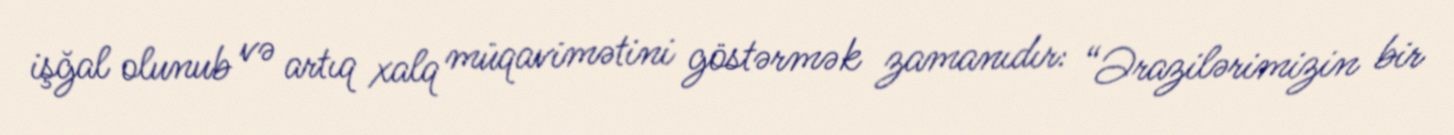
işğal olunub və artıq xalq müqavimətini göstərmək zamanıdır: “Ərazilərimizin bir